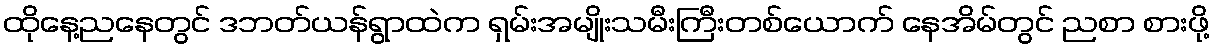
ထိုနေ့ညနေတွင် ဒဘတ်ယန်ရွာထဲက ရှမ်းအမျိုးသမီးကြီးတစ်ယောက် နေအိမ်တွင် ညစာ စားဖို့